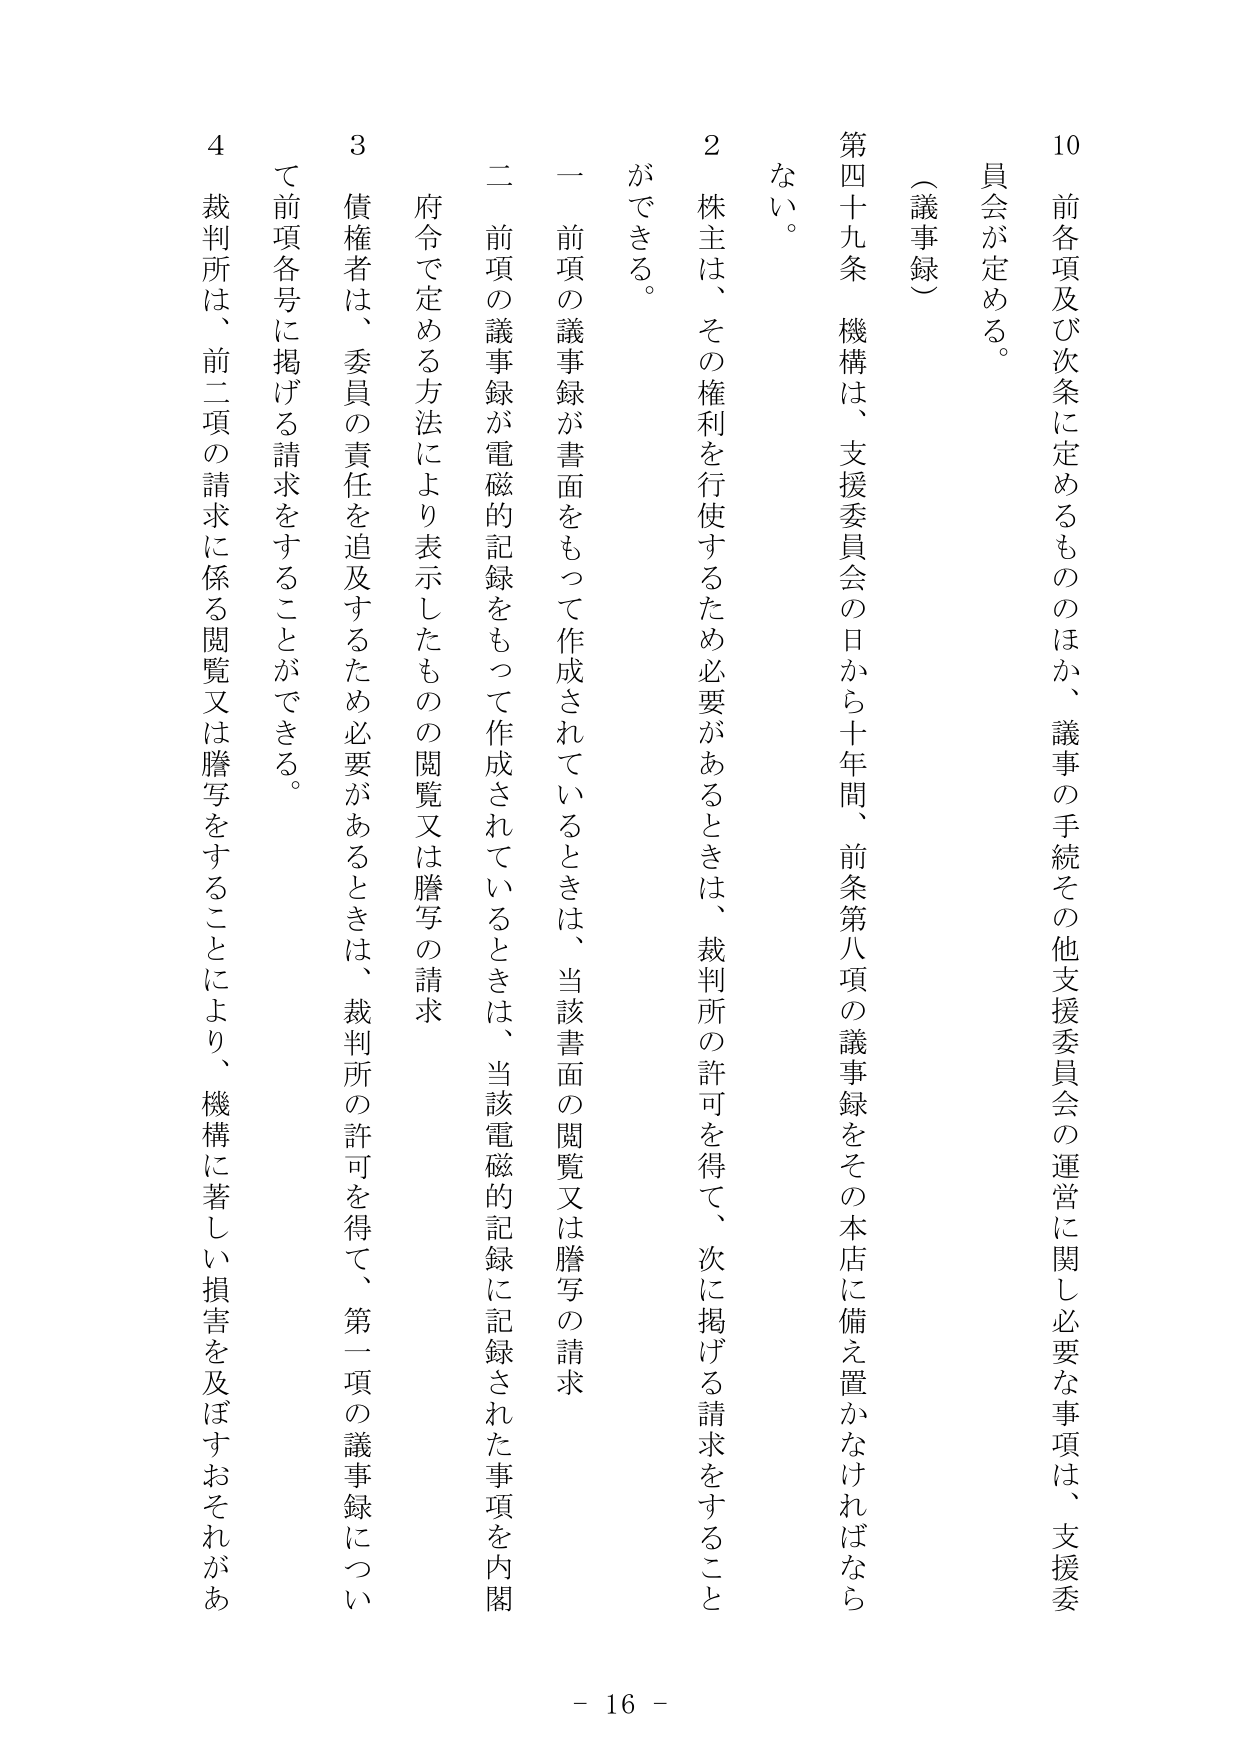
10 前各項及び次条に定めるもののほか、議事の手続その他支援委員会の運営に関し必要な事項は、支援委員会が定める。

（議事録）

第四十九条 機構は、支援委員会の日から十年間、前条第八項の議事録をその本店に備え置かなければならない。

2 株主は、その権利を行使するため必要があるときは、裁判所の許可を得て、次に掲げる請求をすることができる。

一 前項の議事録が書面をもって作成されているときは、当該書面の閲覧又は謄写の請求

二 前項の議事録が電磁的記録をもって作成されているときは、当該電磁的記録に記録された事項を内閣府令で定める方法により表示したものの閲覧又は謄写の請求

3 債権者は、委員の責任を追及するため必要があるときは、裁判所の許可を得て、第一項の議事録について前項各号に掲げる請求をすることができる。

4 裁判所は、前二項の請求に係る閲覧又は謄写をすることにより、機構に著しい損害を及ぼすおそれがある

- 16 -